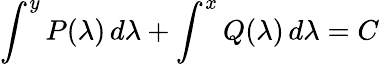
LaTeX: \int^{y}P(\lambda)\, d\lambda+\int^{x}Q(\lambda)\, d\lambda=C\,